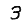
Digit: 3